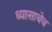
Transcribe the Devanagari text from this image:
ध्यासाचेच